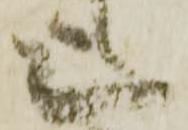
上